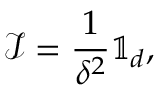
\mathcal I = \frac { 1 } { \delta ^ { 2 } } \mathbb { 1 } _ { d } ,